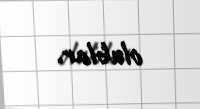
olublar.